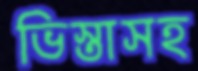
ভিস্তাসহ